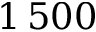
1 \, 5 0 0